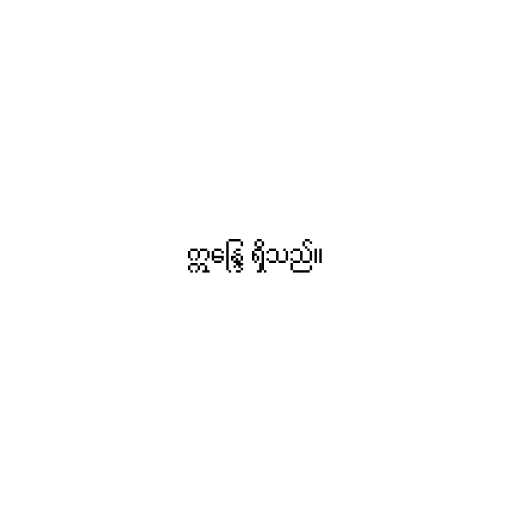
ဣန္ဒြေ ရှိသည်။